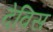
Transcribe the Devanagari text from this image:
देविस